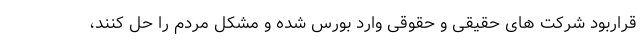
قراربود شرکت های حقیقی و حقوقی وارد بورس شده و مشکل مردم را حل کنند،